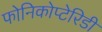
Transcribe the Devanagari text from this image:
फोनिकोप्टेरिडी